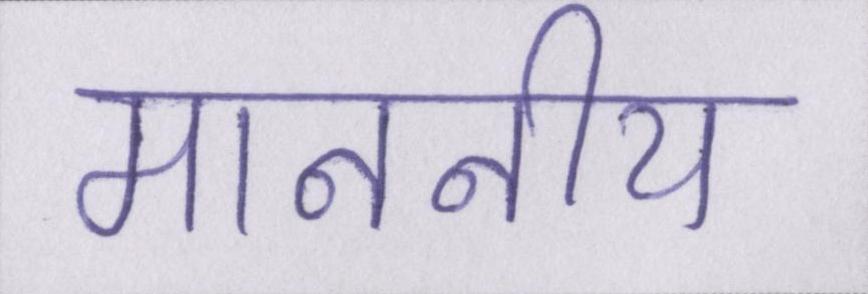
माननीय